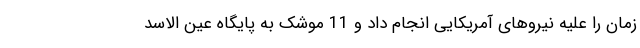
زمان را علیه نیروهای آمریکایی انجام داد و 11 موشک‌ به پایگاه عین الاسد